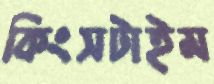
কিংসটাইম